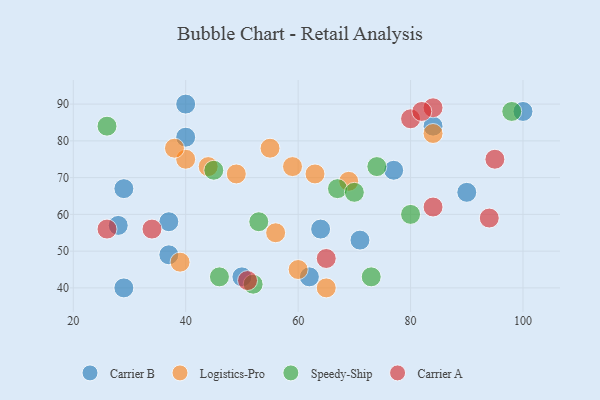
{"axis": {"x": "GDP", "y": "Life Expectancy"}, "legend": ["Carrier A", "Carrier B", "Logistics-Pro", "Speedy-Ship"], "data": [{"x": "28", "y": 57, "type": "Carrier B"}, {"x": "37", "y": 49, "type": "Carrier B"}, {"x": "40", "y": 81, "type": "Carrier B"}, {"x": "71", "y": 53, "type": "Carrier B"}, {"x": "64", "y": 56, "type": "Carrier B"}, {"x": "50", "y": 43, "type": "Carrier B"}, {"x": "100", "y": 88, "type": "Carrier B"}, {"x": "37", "y": 58, "type": "Carrier B"}, {"x": "77", "y": 72, "type": "Carrier B"}, {"x": "62", "y": 43, "type": "Carrier B"}, {"x": "40", "y": 90, "type": "Carrier B"}, {"x": "29", "y": 40, "type": "Carrier B"}, {"x": "90", "y": 66, "type": "Carrier B"}, {"x": "84", "y": 84, "type": "Carrier B"}, {"x": "29", "y": 67, "type": "Carrier B"}, {"x": "63", "y": 71, "type": "Logistics-Pro"}, {"x": "84", "y": 82, "type": "Logistics-Pro"}, {"x": "56", "y": 55, "type": "Logistics-Pro"}, {"x": "40", "y": 75, "type": "Logistics-Pro"}, {"x": "69", "y": 69, "type": "Logistics-Pro"}, {"x": "65", "y": 40, "type": "Logistics-Pro"}, {"x": "39", "y": 47, "type": "Logistics-Pro"}, {"x": "49", "y": 71, "type": "Logistics-Pro"}, {"x": "55", "y": 78, "type": "Logistics-Pro"}, {"x": "59", "y": 73, "type": "Logistics-Pro"}, {"x": "38", "y": 78, "type": "Logistics-Pro"}, {"x": "60", "y": 45, "type": "Logistics-Pro"}, {"x": "44", "y": 73, "type": "Logistics-Pro"}, {"x": "73", "y": 43, "type": "Speedy-Ship"}, {"x": "80", "y": 60, "type": "Speedy-Ship"}, {"x": "46", "y": 43, "type": "Speedy-Ship"}, {"x": "45", "y": 72, "type": "Speedy-Ship"}, {"x": "52", "y": 41, "type": "Speedy-Ship"}, {"x": "67", "y": 67, "type": "Speedy-Ship"}, {"x": "70", "y": 66, "type": "Speedy-Ship"}, {"x": "26", "y": 84, "type": "Speedy-Ship"}, {"x": "98", "y": 88, "type": "Speedy-Ship"}, {"x": "74", "y": 73, "type": "Speedy-Ship"}, {"x": "53", "y": 58, "type": "Speedy-Ship"}, {"x": "51", "y": 42, "type": "Carrier A"}, {"x": "26", "y": 56, "type": "Carrier A"}, {"x": "34", "y": 56, "type": "Carrier A"}, {"x": "94", "y": 59, "type": "Carrier A"}, {"x": "80", "y": 86, "type": "Carrier A"}, {"x": "84", "y": 62, "type": "Carrier A"}, {"x": "95", "y": 75, "type": "Carrier A"}, {"x": "84", "y": 89, "type": "Carrier A"}, {"x": "65", "y": 48, "type": "Carrier A"}, {"x": "82", "y": 88, "type": "Carrier A"}]}